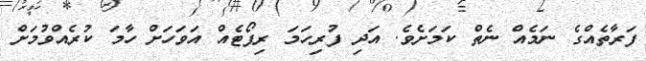
ފަރާތެއްގެ ނަމެއް ނެތް ކަމަށެވެ. އަދި ފުރިހަމަ ރިޕޯޓެއް އަވަހަށް ހާމަ ކުރެއްވުމަށް